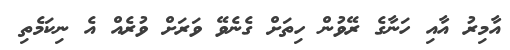
އާމިރު އާއި ހަނާގެ ރޭވުން ހިތަށް ގެނެވޭ ވަރަށް ވުރެއް އެ ނިކަމެތި